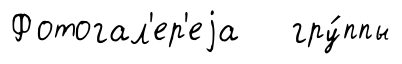
Фотогал'ер'еjа гру́ппы